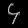
Digit: ၄